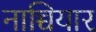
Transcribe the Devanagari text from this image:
नाच्चियार